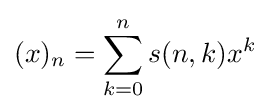
(x)_{n}=\sum _{k=0}^{n}s(n,k)x^{k}